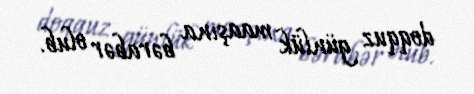
doqquz günlük maaşına bərabər olub.